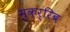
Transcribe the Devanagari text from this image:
मुक़र्रिब